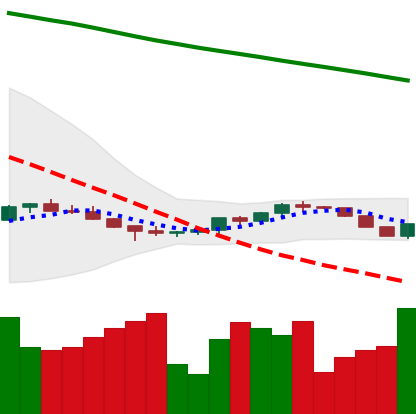
Ticker: ETH-USD
Chart end date: 2022-07-13
Forward return: 41.769%
Label: up_7plus